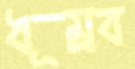
ধূম্রব